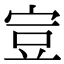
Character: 𧯜